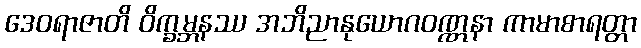
ဒေဝရာဇာတိ ဝိက္ခမ္ဘနဿ အဘိညာနုယောဂဝဏ္ဏနာ ကာမာစာရတ္တာ